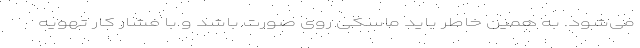
می‌شود. به همین خاطر باید ماسکی روی صورت باشد و با فشار کار تهویه